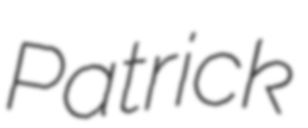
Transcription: Patrick